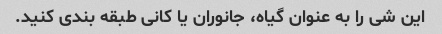
این شی را به عنوان گیاه، جانوران یا کانی طبقه بندی کنید.